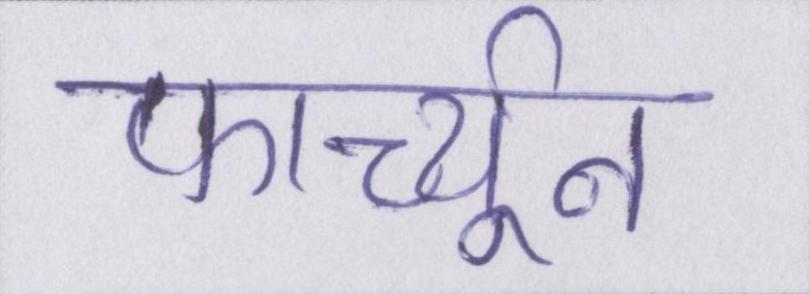
फार्च्यून